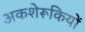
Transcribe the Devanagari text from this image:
अकशेरूकियों